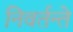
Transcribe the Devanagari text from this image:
निवर्तन्ते